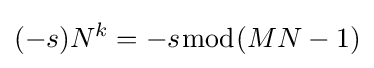
(-s)N^{k}=-s{\bmod {(}}MN-1)